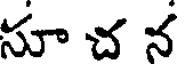
సూ చ న